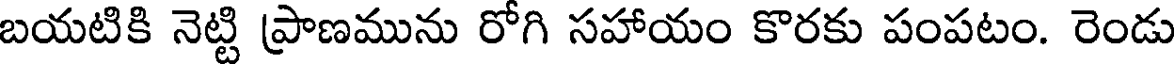
బయటికి నెట్టి ప్రాణమును రోగి సహాయం కొరకు పంపటం. రెండు